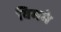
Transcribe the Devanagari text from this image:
विममे